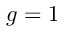
g = 1